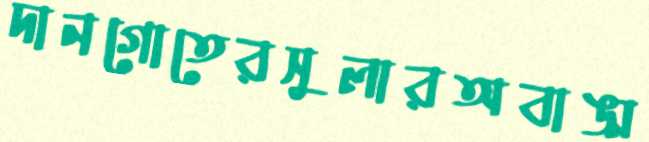
দানগোতেরসুলারঅবাঙ্ম